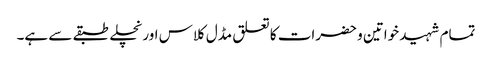
تمام شہید خواتین و حضرات کا تعلق مڈل کلاس اور نچلے طبقے سے ہے۔